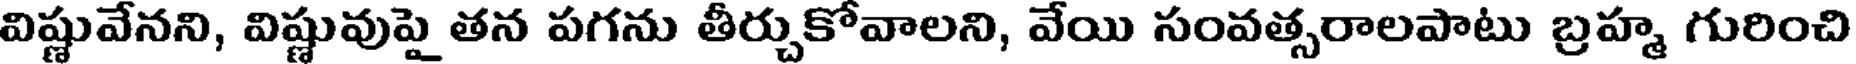
విష్ణువేనని, విష్ణువుపై తన పగను తీర్చుకోవాలని, వేయి సంవత్సరాలపాటు బ్రహ్మ గురించి